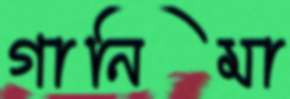
গানিমা